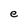
Character: e